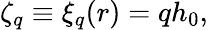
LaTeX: \zeta_{q}\equiv\xi_{q}(r)=qh_{0},